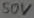
Text: 50V